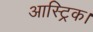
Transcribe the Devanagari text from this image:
आस्ट्रिक।